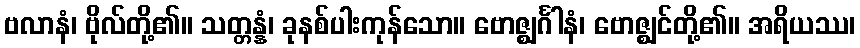
ဗလာနံ၊ ဗိုလ်တို့၏။ သတ္တန္နံ၊ ခုနစ်ပါးကုန်သော။ ဗောဇ္ဈင်္ဂါနံ၊ ဗောဇ္ဈင်တို့၏။ အရိယဿ၊